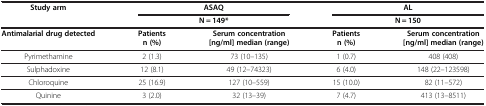
| Study arm | <COLSPAN=2> ASAQ | <COLSPAN=2> AL |
 |  | <COLSPAN=2> N = 149* | <COLSPAN=2> N = 150 |
 | --- | --- | --- | --- | --- |
 | <ROWSPAN=2> Antimalarial drug detected | Patients | <ROWSPAN=2> Serum concentration [ng/ml] median (range) | Patients | <ROWSPAN=2> Serum concentration [ng/ml] median (range) |
 | n (%) | n (%) |
 | Pyrimethamine | 2 (1.3) | 73 (10–135) | 1 (0.7) | 408 (408) |
 | Sulphadoxine | 12 (8.1) | 49 (12–74323) | 6 (4.0) | 148 (22–123598) |
 | Chloroquine | 25 (16.9) | 127 (10–559) | 15 (10.0) | 82 (11–572) |
 | Quinine | 3 (2.0) | 32 (13–39) | 7 (4.7) | 413 (13–8511) |